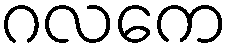
ဂလကေ